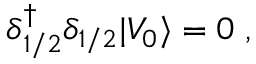
\delta { ^ \dagger _ { 1 / 2 } } \delta _ { 1 / 2 } \vert V _ { 0 } \rangle = 0 \; ,